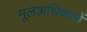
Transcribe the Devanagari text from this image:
मूलअधिकारों